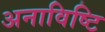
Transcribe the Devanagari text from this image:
अनाविष्टि